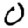
Digit: 0